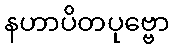
နဟာပိတပုဗ္ဗော